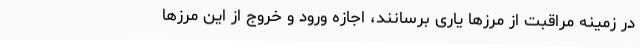
در زمینه مراقبت از مرزها یاری برسانند، اجازه ورود و خروج از این مرزها